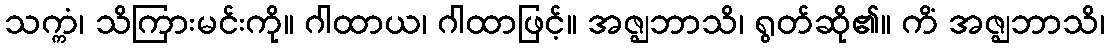
သက္ကံ၊ သိကြားမင်းကို။ ဂါထာယ၊ ဂါထာဖြင့်။ အဇ္ဈဘာသိ၊ ရွတ်ဆို၏။ ကိံ အဇ္ဈဘာသိ၊